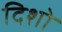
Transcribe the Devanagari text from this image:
दिशो